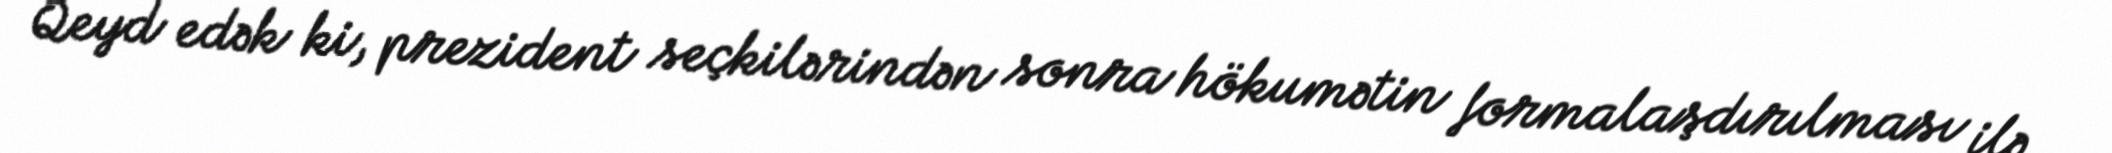
Qeyd edək ki, prezident seçkilərindən sonra hökumətin formalaşdırılması ilə